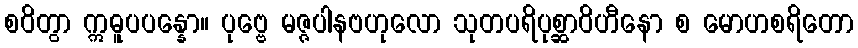
စဝိတွာ ဣဓူပပန္နော။ ပုဗ္ဗေ မဇ္ဇပါနဗဟုလော သုတပရိပုစ္ဆာဝိဟီနော စ မောဟစရိတော